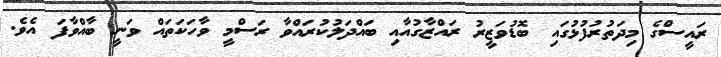
ރައީސްގެ މިދަތުރުފުޅުގައި ބޮޑުވަޒީރު ރައްޒާގުއާއި ބައްދަލުކުރައްވާ ރަސްމީ ވާހަކަތައް ވަނީ ބާއްވާފަ އެވެ.